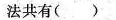
法共有( )